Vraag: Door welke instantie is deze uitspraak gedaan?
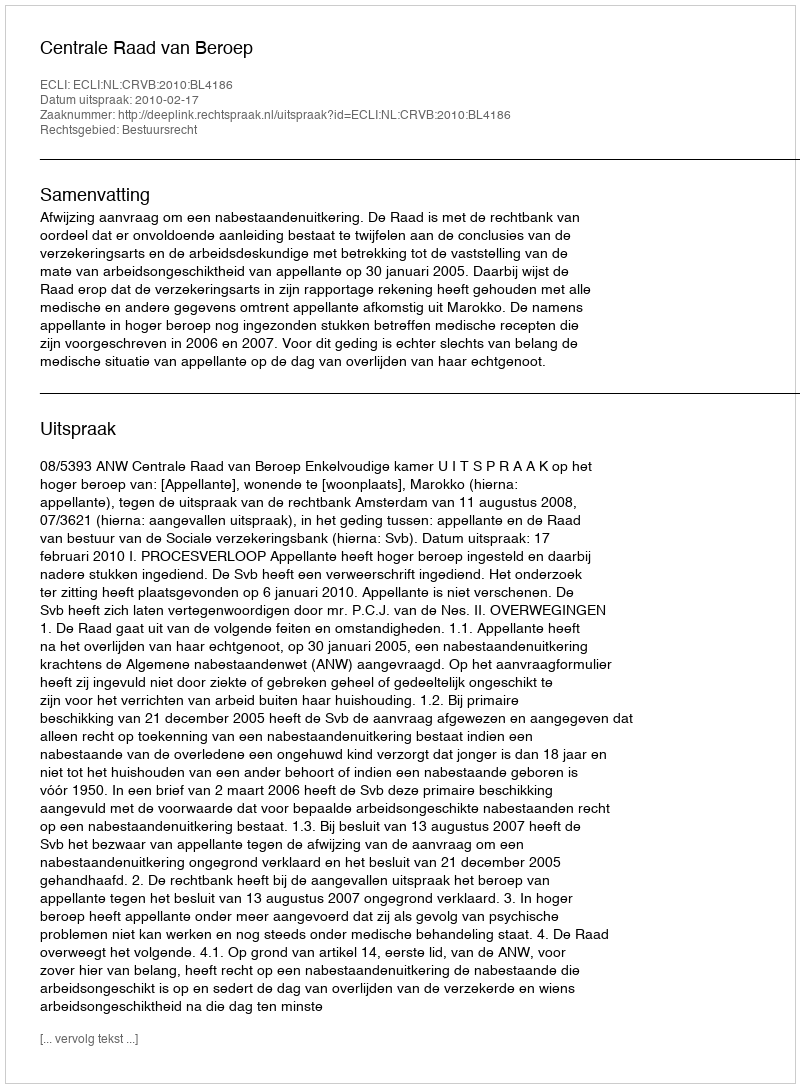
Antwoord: Centrale Raad van Beroep